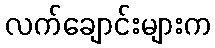
လက်ချောင်းများက